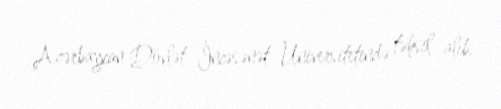
Azərbaycan Dövlət İncəsənət Universitetində təhsil alıb.